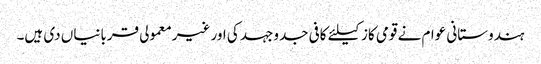
ہندوستانی عوام نے قومی کاز کیلئے کافی جدوجہد کی اور غیرمعمولی قربانیاں دی ہیں۔